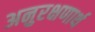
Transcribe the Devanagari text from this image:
अनुरक्षणार्थ